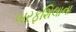
બરફશિલાના